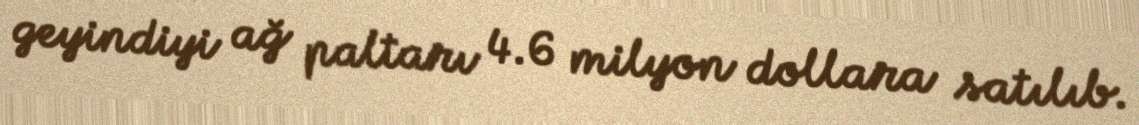
geyindiyi ağ paltarı 4.6 milyon dollara satılıb.